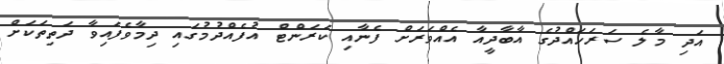
އަދި މާލެ ސަރަހައްދުގެ އާބާދީއާ އެއްވަރަށް ފެނާއި ކަރަންޓް އުފެއްދުމުގައި ދިމާވެފައިވާ ދަތިތަކަށް